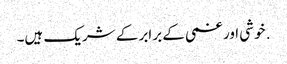
. خوشی اور غمی کے برابر کے شریک ہیں۔